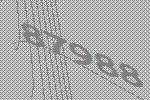
87988